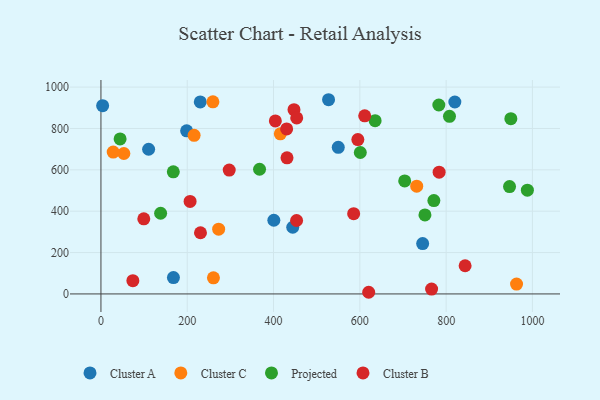
{"axis": {"x": "Engine Size", "y": "Fuel Efficiency"}, "legend": ["Cluster A", "Cluster B", "Cluster C", "Projected"], "data": [{"x": "550.0", "y": 709.0, "type": "Cluster A"}, {"x": "527.5", "y": 939.0, "type": "Cluster A"}, {"x": "110.5", "y": 699.5, "type": "Cluster A"}, {"x": "168.0", "y": 78.9, "type": "Cluster A"}, {"x": "745.6", "y": 243.3, "type": "Cluster A"}, {"x": "3.9", "y": 910.4, "type": "Cluster A"}, {"x": "444.5", "y": 322.3, "type": "Cluster A"}, {"x": "820.2", "y": 928.0, "type": "Cluster A"}, {"x": "230.2", "y": 928.4, "type": "Cluster A"}, {"x": "198.6", "y": 788.4, "type": "Cluster A"}, {"x": "400.7", "y": 356.3, "type": "Cluster A"}, {"x": "272.8", "y": 313.0, "type": "Cluster C"}, {"x": "53.1", "y": 678.9, "type": "Cluster C"}, {"x": "28.4", "y": 685.7, "type": "Cluster C"}, {"x": "963.2", "y": 47.6, "type": "Cluster C"}, {"x": "731.8", "y": 521.2, "type": "Cluster C"}, {"x": "215.9", "y": 766.8, "type": "Cluster C"}, {"x": "260.7", "y": 77.9, "type": "Cluster C"}, {"x": "259.5", "y": 928.8, "type": "Cluster C"}, {"x": "415.7", "y": 774.2, "type": "Cluster C"}, {"x": "950.0", "y": 847.3, "type": "Projected"}, {"x": "947.0", "y": 519.0, "type": "Projected"}, {"x": "601.1", "y": 683.9, "type": "Projected"}, {"x": "750.9", "y": 382.0, "type": "Projected"}, {"x": "988.3", "y": 501.7, "type": "Projected"}, {"x": "783.1", "y": 913.4, "type": "Projected"}, {"x": "44.4", "y": 749.4, "type": "Projected"}, {"x": "807.8", "y": 858.5, "type": "Projected"}, {"x": "771.6", "y": 451.4, "type": "Projected"}, {"x": "167.7", "y": 590.2, "type": "Projected"}, {"x": "367.6", "y": 602.8, "type": "Projected"}, {"x": "138.3", "y": 390.1, "type": "Projected"}, {"x": "635.4", "y": 837.9, "type": "Projected"}, {"x": "704.0", "y": 546.6, "type": "Projected"}, {"x": "844.0", "y": 136.3, "type": "Cluster B"}, {"x": "230.7", "y": 295.9, "type": "Cluster B"}, {"x": "766.3", "y": 23.7, "type": "Cluster B"}, {"x": "74.0", "y": 64.3, "type": "Cluster B"}, {"x": "206.6", "y": 447.2, "type": "Cluster B"}, {"x": "611.3", "y": 861.3, "type": "Cluster B"}, {"x": "404.2", "y": 836.7, "type": "Cluster B"}, {"x": "620.5", "y": 8.0, "type": "Cluster B"}, {"x": "99.3", "y": 363.1, "type": "Cluster B"}, {"x": "447.4", "y": 890.7, "type": "Cluster B"}, {"x": "595.4", "y": 746.3, "type": "Cluster B"}, {"x": "453.4", "y": 355.1, "type": "Cluster B"}, {"x": "297.3", "y": 599.0, "type": "Cluster B"}, {"x": "783.8", "y": 588.8, "type": "Cluster B"}, {"x": "430.4", "y": 798.0, "type": "Cluster B"}, {"x": "431.2", "y": 658.1, "type": "Cluster B"}, {"x": "453.7", "y": 851.2, "type": "Cluster B"}, {"x": "585.7", "y": 388.2, "type": "Cluster B"}]}